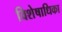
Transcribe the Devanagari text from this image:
विशेषाधिका